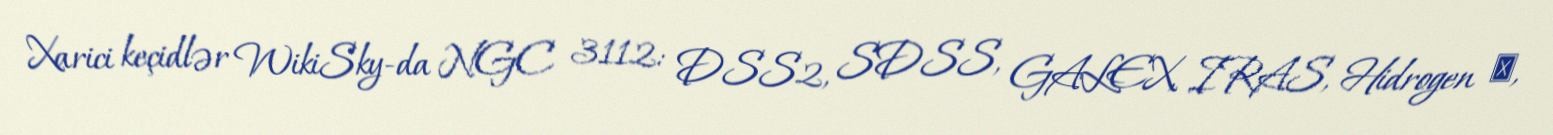
Xarici keçidlər WikiSky-da NGC 3112: DSS2, SDSS, GALEX, IRAS, Hidrogen α,